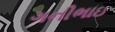
ગનીભાઇ